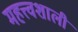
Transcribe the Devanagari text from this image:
महत्त्वशाली